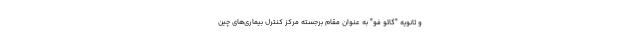
و ثانویه "گائو فو" به عنوان مقام برجسته مرکز کنترل بیماری‌های چین